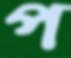
প